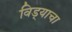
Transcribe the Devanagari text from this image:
विड्याचा